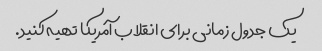
یک جدول زمانی برای انقلاب آمریکا تهیه کنید.